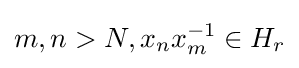
m,n>N,x_{n}x_{m}^{-1}\in H_{r}